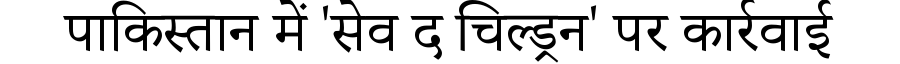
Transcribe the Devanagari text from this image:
पाकिस्तान में 'सेव द चिल्ड्रन' पर कार्रवाई